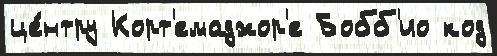
це́нтру Корт'емаджор'е Бобб'ио код